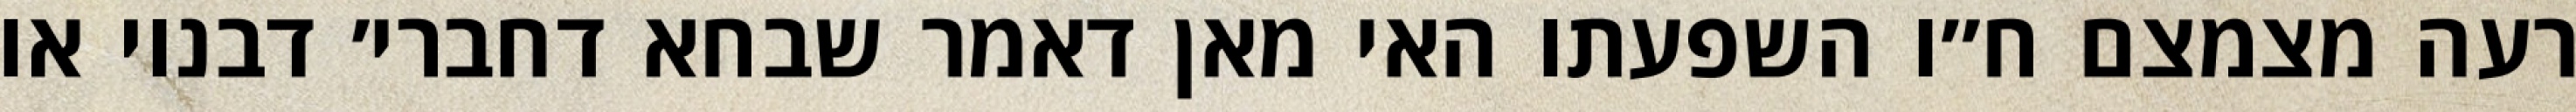
רעה מצמצם ח״ו השפעתו האי מאן דאמר שבחא דחברי׳ דבנוי או